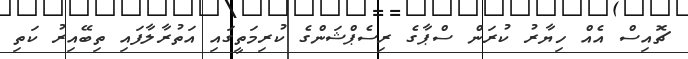
ޗޮއިސް އެއް ހިޔާރު ކުރަން ސްޕާގެ ރިސެޕްޝަންގެ ކުރިމަތީގައި އަތުރާލާފައި ތިބޭއިރު ކަތި